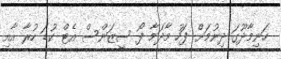
ހަނިމާދޫގަ ދިނުމަށް ފަހު މާދަމާ ފޯ ސީޒަންސް އެޓް ކުޑަ ހުރާ އާއި